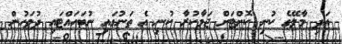
އަދި މާލޭގެ ކުނި ކޮށްޓަށް ޖަމާކުރާ ކުނި އެ ތަނުގައި ނުބަހައްޓައި ދުވަހުން